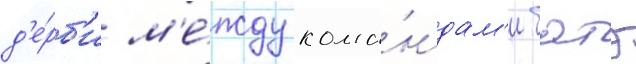
д'е́рб'и м'е́жду кома́ндам'и батэ